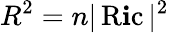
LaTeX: R^{2}=n|\operatorname{R\mathbf{i}c}|^{2}